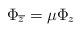
\begin{align*}\Phi_{\overline{z}} = \mu\Phi_z \end{align*}